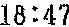
18:47